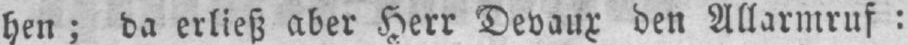
hen; da erließ aber Herr Devaux den Allarmruf: